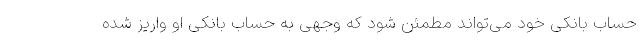
حساب بانکی خود می‌تواند مطمئن شود که وجهی به حساب بانکی او واریز شده